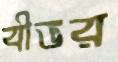
বীভর